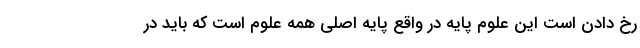
رخ دادن است این علوم پایه در واقع پایه اصلی همه علوم است که باید در